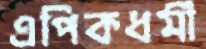
এপিকধর্মী